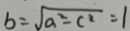
b = \sqrt { a ^ { 2 } - c ^ { 2 } } = 1